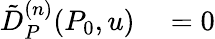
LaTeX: \begin{array}{rl}{\tilde{D}_{P}^{(n)}(P_{0},u)}&{{}=0}\end{array}